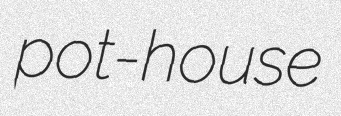
pot-house